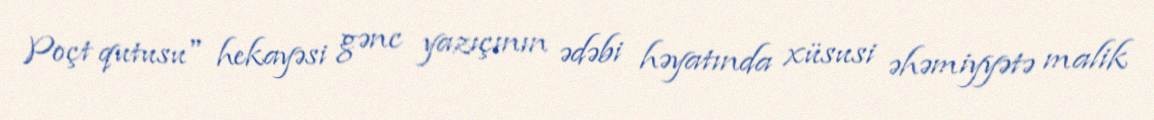
Poçt qutusu" hekayəsi gənc yazıçının ədəbi həyatında xüsusi əhəmiyyətə malik